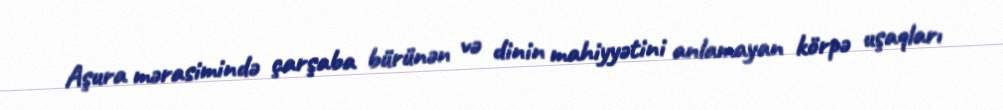
Aşura mərasimində çarşaba bürünən və dinin mahiyyətini anlamayan körpə uşaqları